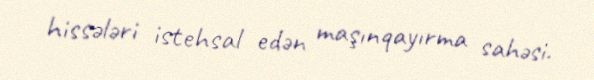
hissələri istehsal edən maşınqayırma sahəsi.